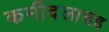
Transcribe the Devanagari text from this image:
कर्मीदलासह